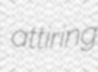
attiring